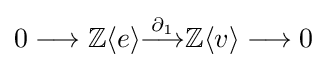
0\longrightarrow \mathbb {Z} \langle e\rangle {\stackrel {\partial _{1}}{\longrightarrow }}\mathbb {Z} \langle v\rangle \longrightarrow 0